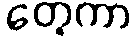
တေ့ကာ